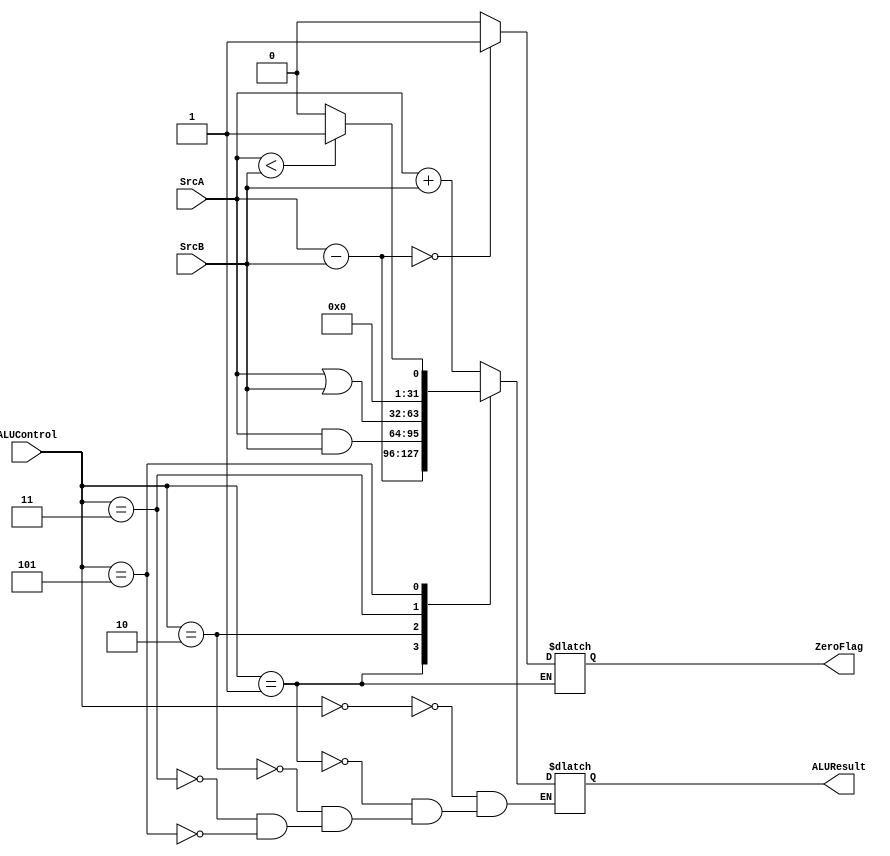
module ALU(
    input [2:0] ALUControl,
    input [31:0] SrcA, SrcB,
  	output reg ZeroFlag,
    output reg [31:0] ALUResult
    
);

always@*
    case(ALUControl)
        3'b000: ALUResult = SrcA + SrcB; //ADD
        3'b001: 
            begin
            ALUResult = SrcA - SrcB; //SUB
            ZeroFlag = (SrcA - SrcB == 0) ? 1 : 0;
            end
        
        3'b010: ALUResult = SrcA & SrcB; //AND
        3'b011: ALUResult = SrcA | SrcB; //OR
        3'b101: ALUResult = (SrcA < SrcB) ? 1 : 0; //SLT
    endcase

endmodule